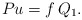
\begin{align*}P u=f \,Q_1.\end{align*}